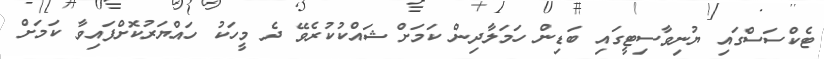
ޓެކްސަސްގައި ޔުނިވާސިޓީގައި ބަޑިން ހަމަލާދިން ކަމަށް ޝައްކުކުރެވޭ ދެ މީހަކު ހައްޔަރުކޮށްފައިވާ ކަމަށް